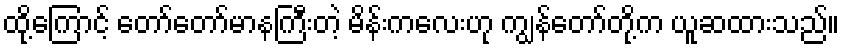
ထို့ကြောင့် တော်တော်မာနကြီးတဲ့ မိန်းကလေးဟု ကျွန်တော်တို့က ယူဆထားသည်။